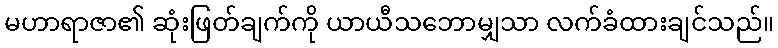
မဟာရာဇာ၏ ဆုံးဖြတ်ချက်ကို ယာယီသဘောမျှသာ လက်ခံထားချင်သည်။